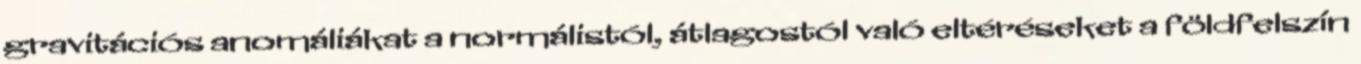
gravitációs anomáliákat a normálistól, átlagostól való eltéréseket a földfelszín